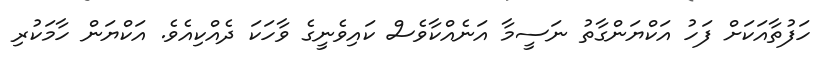
ހަފުތާއަކަށް ފަހު އަކްޔަންގާތު ނަސީމާ އަނެއްކާވެސް ކައިވެނީގެ ވާހަކަ ދެއްކިއެވެ. އަކްޔަން ހާމަކުރި